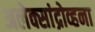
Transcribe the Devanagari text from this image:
अलेक्सांद्रोव्हना